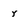
Character: y